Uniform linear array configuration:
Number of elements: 12
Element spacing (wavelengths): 1
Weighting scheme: hann
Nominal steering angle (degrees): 0
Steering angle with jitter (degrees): -1.739
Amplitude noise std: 0.05
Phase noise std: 0.05

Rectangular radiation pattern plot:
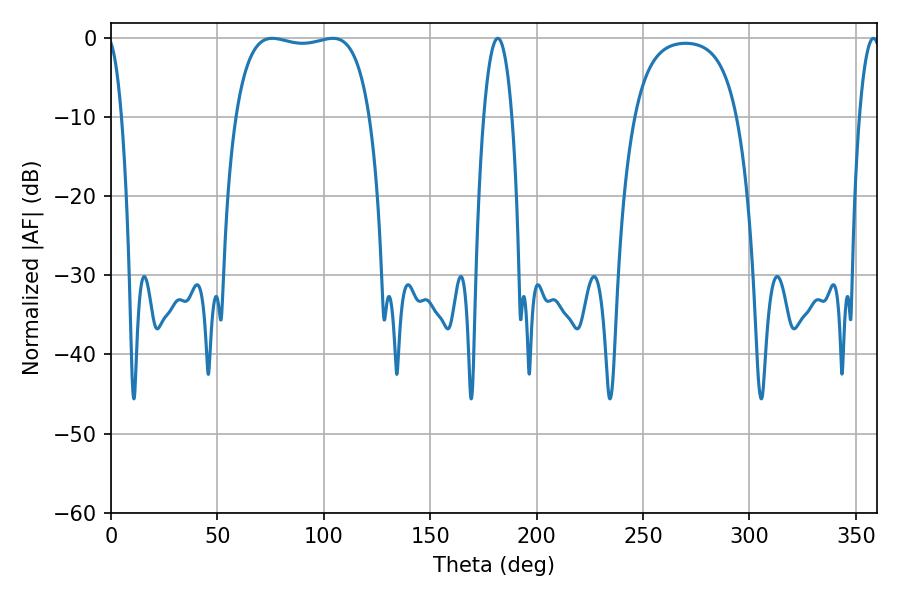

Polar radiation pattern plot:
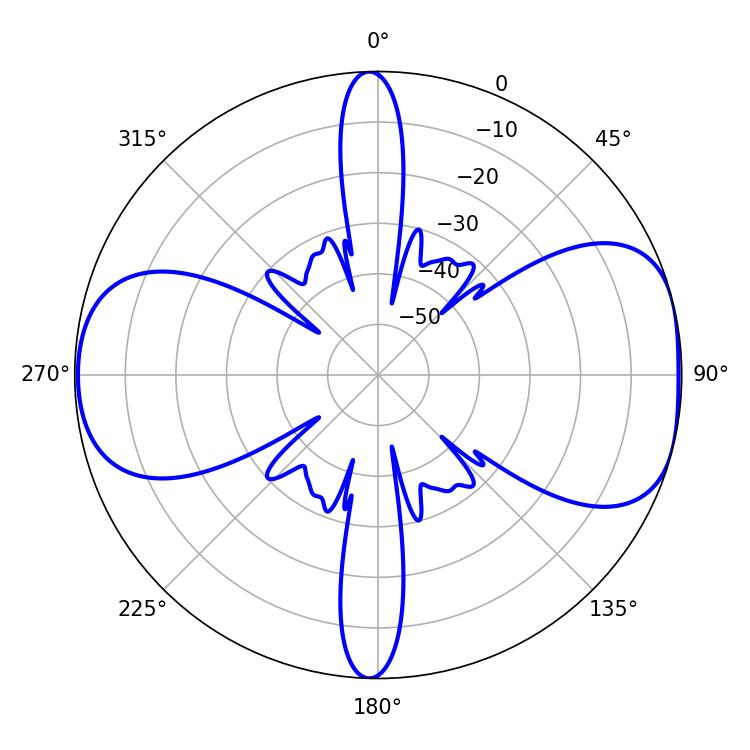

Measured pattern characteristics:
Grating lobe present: TRUE
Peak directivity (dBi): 7.897
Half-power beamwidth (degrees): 50.4
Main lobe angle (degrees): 75.78